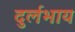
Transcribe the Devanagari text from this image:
दुर्लभाय